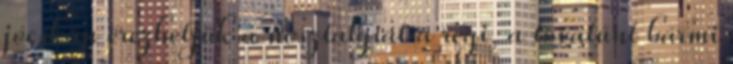
jócskán érezhetjük a nosztalgiát a régi, a tovatűnt bármi